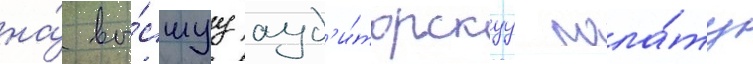
на́ вы́сшуу ауд'и́торскуу пала́ту